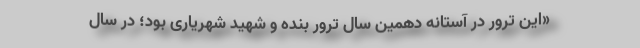
«این ترور در آستانه دهمین سال ترور بنده و شهید شهریاری بود؛ در سال